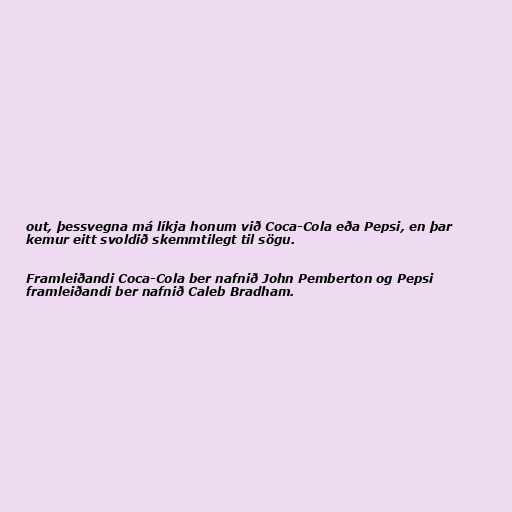
out, þessvegna má líkja honum við Coca-Cola eða Pepsi, en þar
kemur eitt svoldið skemmtilegt til sögu.

Framleiðandi Coca-Cola ber nafnið John Pemberton og Pepsi
framleiðandi ber nafnið Caleb Bradham.